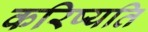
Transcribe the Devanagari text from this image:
करिष्यति